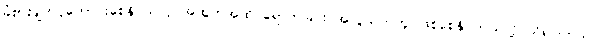
ခံစားချက်ပိုကောင်းစေနိုင်သလို အထွတ်အထိပ်ရောက်ခြင်း အလွယ်တကူ ဖြစ်စေနိုင်တယ်လို့ သိရပါတယ်။